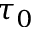
\tau _ { 0 }